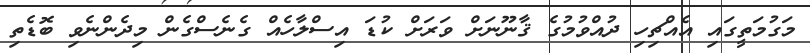
މަގުމަތީގައި އެއްޗިހި ދުއްވުމުގެ ޤާނޫނަށް ވަރަށް ކުޑަ އިސްލާހެއް ގެނެސްގެން މިދެންނެވި ބޮޑެތި